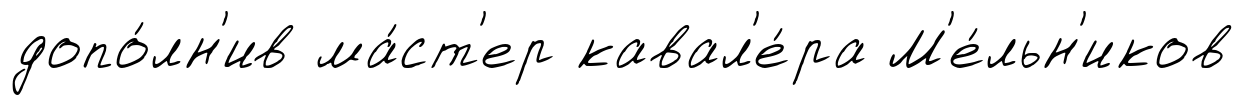
допо́лн'ив ма́ст'ер кавал'е́ра М'е́льн'иков